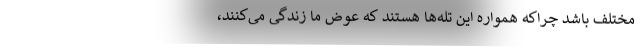
مختلف باشد چراکه همواره این تله‌ها هستند که عوض ما زندگی می‌کنند،